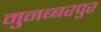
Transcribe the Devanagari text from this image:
मुनब्बरपुर